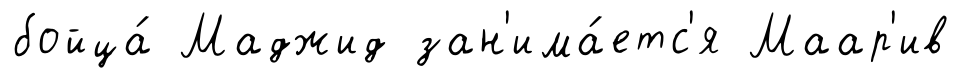
бойца́ Маджид зан'има́етс'я Маар'ив